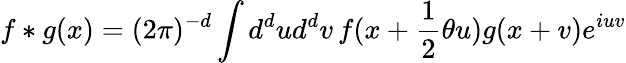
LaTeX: f\ast g(x)=(2\pi)^{-d}\int d^{d}ud^{d}v\, f(x+\frac{1}{2}\theta u)g(x+v)e^{iuv}